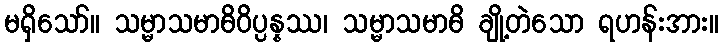
မရှိသော်။ သမ္မာသမာဓိဝိပ္ပန္နဿ၊ သမ္မာသမာဓိ ချို့တဲသော ရဟန်းအား။